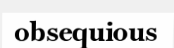
obsequious